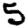
Digit: 5